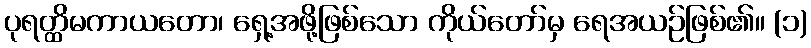
ပုရတ္ထိမကာယတော၊ ရှေ့အဖို့ဖြစ်သော ကိုယ်တော်မှ ရေအယဉ်ဖြစ်၏။ (၁)